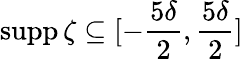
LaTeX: \operatorname{supp}\zeta\subseteq[-\frac{5\delta}2,\frac{5\delta}2]